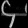
Digit: ၄